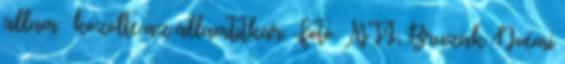
állam – közölte az államtitkár. Fotó: MTI, Bruzák Noémi